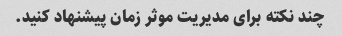
چند نکته برای مدیریت موثر زمان پیشنهاد کنید.